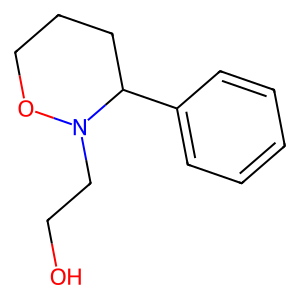
SMILES: OCCN1OCCCC1c1ccccc1
Inhibits HIV replication: No